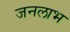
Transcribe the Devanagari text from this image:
जनलाभ